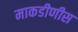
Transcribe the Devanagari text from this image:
माकडीणीस